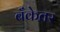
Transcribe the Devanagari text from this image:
बँकेतर